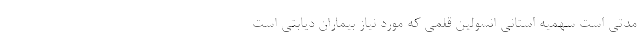
مدتی است سهمیه استانی انسولین قلمی که مورد نیاز بیماران دیابتی است